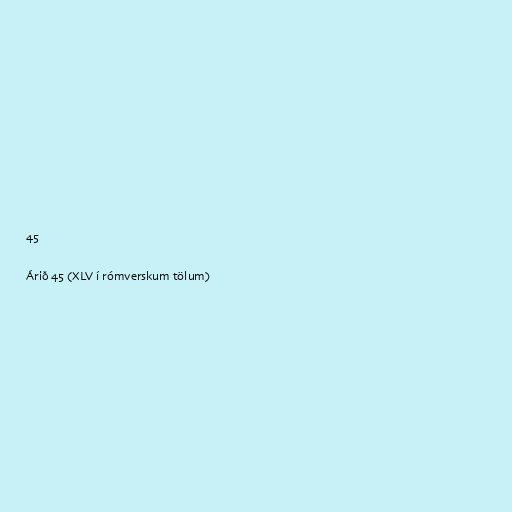
45

Árið 45 (XLV í rómverskum tölum)